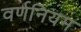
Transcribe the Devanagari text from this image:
वर्णनियम